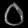
Digit: ၀